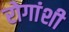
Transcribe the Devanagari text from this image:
रोगांशी